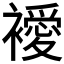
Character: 𧞇